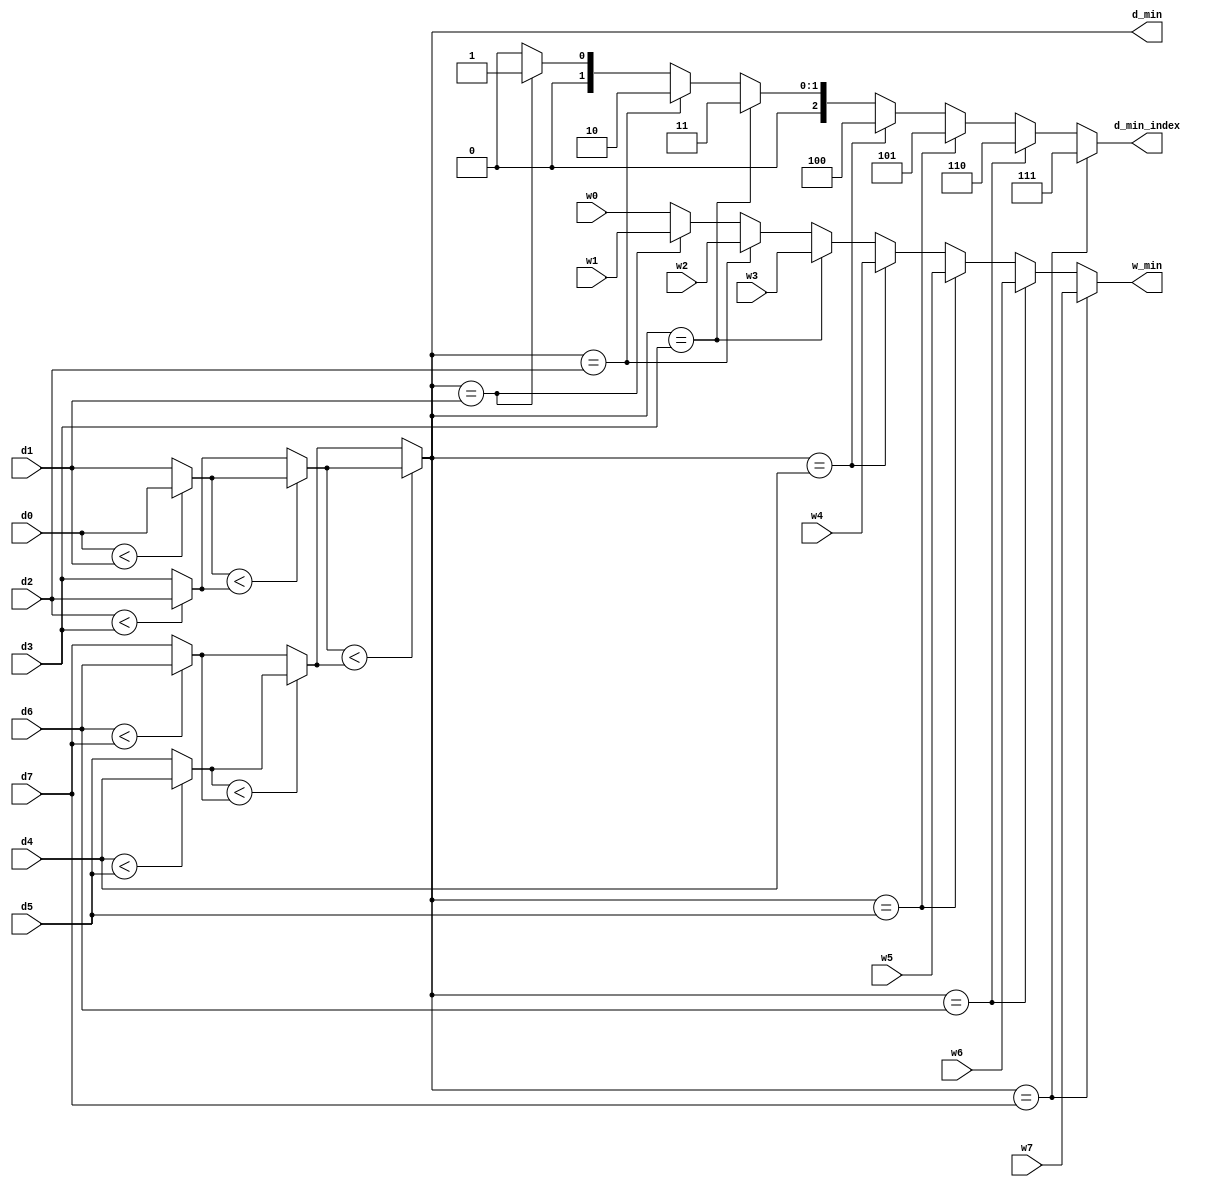
/////////////////////////////////////////////////////////////////////
// ---------------------- IVCAD 2022 Spring ---------------------- //
// ---------------------- Version : v.1.10  ---------------------- //
// ---------------------- Date : 2022.04.13 ---------------------- //
// ------------------------ MIN_1 module --------------------------//
// ----------------- Feb. 2022 Willie authored --------------------//
/////////////////////////////////////////////////////////////////////

module MIN_1(d0,d1,d2,d3,d4,d5,d6,d7,w0,w1,w2,w3,w4,w5,w6,w7,d_min,d_min_index,w_min);		//clk,rst,

// ---------------------- input  ---------------------- //
	//input clk;
	//input rst;
	input [9:0] d0;
	input [9:0] d1;
	input [9:0] d2;
	input [9:0] d3;
	input [9:0] d4;
	input [9:0] d5;
	input [9:0] d6;
	input [9:0] d7;
	input [23:0] w0;
	input [23:0] w1;
	input [23:0] w2;
	input [23:0] w3;
	input [23:0] w4;
	input [23:0] w5;
	input [23:0] w6;
	input [23:0] w7;

// ---------------------- output  ---------------------- //
	//sequential
	output [9:0] d_min;
	output [2:0]  d_min_index;
	output [23:0] w_min;

// ---------------------- Write down Your design below  ---------------------- //
  	wire [9:0] m1,m2,m3,m4,m5,m6;


	//combinational
	assign m1 = (d0<d1) ? d0 : d1;
  	assign m2 = (d2<d3) ? d2 : d3;
  	assign m3 = (d4<d5) ? d4 : d5;
  	assign m4 = (d6<d7) ? d6 : d7;
  	assign m5 = (m1<m2) ? m1 : m2;
  	assign m6 = (m3<m4) ? m3 : m4;
  	assign d_min = (m5<m6) ? m5 : m6;

	assign d_min_index =  	(d_min==d7) ? 3'd7 :
                     		(d_min==d6) ? 3'd6 :
                     		(d_min==d5) ? 3'd5 :
                     		(d_min==d4) ? 3'd4 :
                     		(d_min==d3) ? 3'd3 :
                     		(d_min==d2) ? 3'd2 :
                     		(d_min==d1) ? 3'd1 : 3'd0;
	
	assign w_min =  	(d_min==d7) ? w7 :
                     	(d_min==d6) ? w6 :
                     	(d_min==d5) ? w5 :
                     	(d_min==d4) ? w4 :
                     	(d_min==d3) ? w3 :
                     	(d_min==d2) ? w2 :
                     	(d_min==d1) ? w1 : w0;


	

endmodule